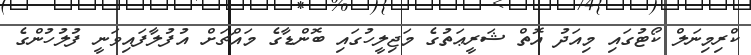
ކްރިމިނަލް ކޯޓުގައި މިއަދު އޮތް ޝަރީޢަތުގެ މަޖިލީހުގައި ބޮންޑާގެ މައްޗަށް އުފުލާފައިވަނީ ފުލުހުންގެ